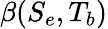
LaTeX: \beta(S_{e},T_{b})